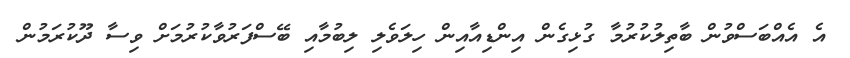
އެ އެއްބަސްވުން ބާތިލުކުރުމާ ގުޅިގެން އިންޑިއާއިން ހިލަވެލި ލިބުމާއި ބޭސްފަރުވާކުރުމަށް ވިސާ ދޫކުރަމުން